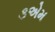
૩એમ